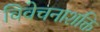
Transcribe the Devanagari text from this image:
विवेचनाशक्ति